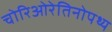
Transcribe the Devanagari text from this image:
चोरिओरेतिनोपथ्य